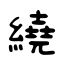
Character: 繞